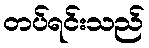
တပ်ရင်းသည်